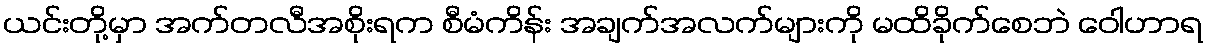
ယင်းတို့မှာ အက်တလီအစိုးရက စီမံကိန်း အချက်အလက်များကို မထိခိုက်စေဘဲ ဝေါဟာရ